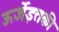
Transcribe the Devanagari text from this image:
ऊर्जेइतकी